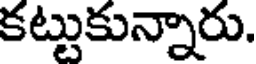
కట్టుకున్నారు.